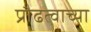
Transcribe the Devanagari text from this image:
प्रौढत्वाच्या